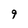
Character: 9